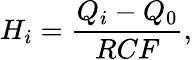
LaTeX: {H_{i}}=\frac{Q_{i}-Q_{0}}{RCF},